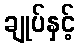
ချုပ်နှင့်